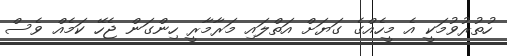
ހުތުރުވުމަކީ އެ މީހެއްގެ ގަޔަށް އަތްލައި މަރާމާރީ ހިންގަން ޖެހޭ ކަމެއް ވެސް